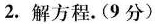
(1)12-x÷2=8(2)3(x+3)÷2=12(3)5(0.4-2x)=0.2-x